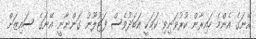
އޭނަގެ އެންމެ ހައިރާން ކުރުވަނިވި ކަމަކީ އަބަދުވެސް ފަޓުލޫނު ގަންނާނީ އޭނަގެ ސައިޒަށް